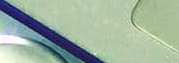
SPEED LIMIT 60